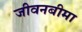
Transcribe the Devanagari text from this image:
जीवनबीमा